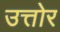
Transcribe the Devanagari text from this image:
उत्तोर